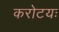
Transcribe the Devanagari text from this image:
करोटयः